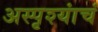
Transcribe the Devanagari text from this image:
अस्पृश्यांचं